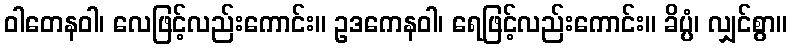
ဝါတေနဝါ၊ လေဖြင့်လည်းကောင်း။ ဥဒကေနဝါ၊ ရေဖြင့်လည်းကောင်း။ ခိပ္ပံ၊ လျှင်စွာ။